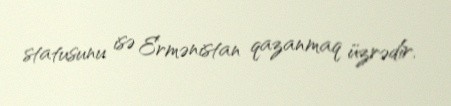
statusunu isə Ermənistan qazanmaq üzrədir.